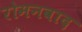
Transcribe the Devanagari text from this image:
रोमनवाद